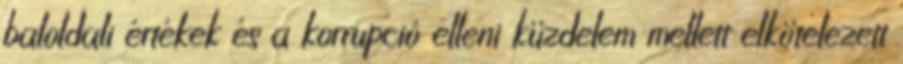
baloldali értékek és a korrupció elleni küzdelem mellett elkötelezett